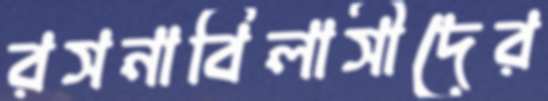
রসনাবিলাসীদের